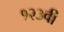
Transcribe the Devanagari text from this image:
१२३वी